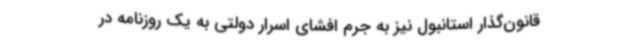
قانون‌گذار استانبول نیز به جرم افشای اسرار دولتی به یک روزنامه در